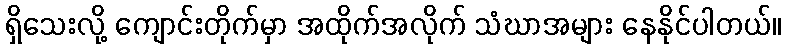
ရှိသေးလို့ ကျောင်းတိုက်မှာ အထိုက်အလိုက် သံဃာအများ နေနိုင်ပါတယ်။